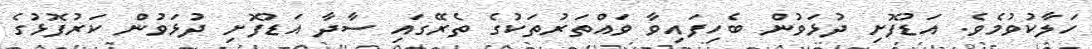
ހަލާކުވުމެވެ. އަޑުފޮށި ދުޅަވުން ބެހިފައިވާ ވައްތަރުތަކުގެ ތެރޭގައި ސާދާ އަޑުފޮށި ދުޅަވުން ކަރުފޮޅުގެ